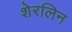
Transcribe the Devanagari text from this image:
शेरलिन